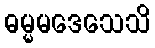
ဓမ္မမဒေသေသိ